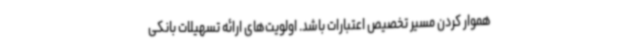
هموار کردن مسیر تخصیص اعتبارات باشد. اولویت‌های ارائه تسهیلات بانکی